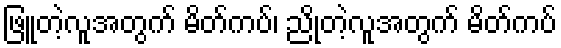
ဖြူတဲ့လူအတွက် မိတ်ကပ်၊ ညိုတဲ့လူအတွက် မိတ်ကပ်